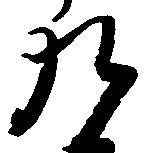
九